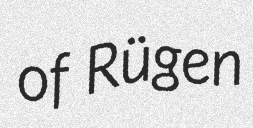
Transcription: of Rügen